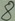
Text: 8